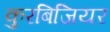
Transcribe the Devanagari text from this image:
कुरबिजियर